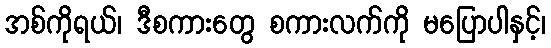
အစ်ကိုရယ်၊ ဒီစကားတွေ စကားလက်ကို မပြောပါနှင့်၊